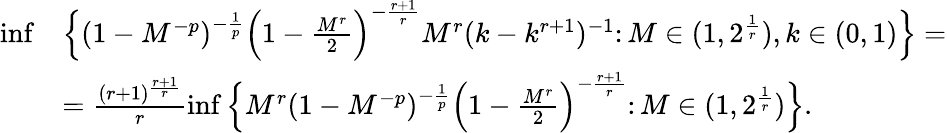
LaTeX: \begin{array}{rl}{\operatorname*{inf}}&{\Big\{ (1-M^{-p})^{-\frac{1}{p}}\Big(1-\frac{M^{r}}{2}\Big)^{-\frac{r+1}{r}}M^{r}(k-k^{r+1})^{-1}\colon M\in(1,2^{\frac{1}{r}}),k\in(0,1)\Big\} =}\\ &{=\frac{(r+1)^{\frac{r+1}{r}}}{r}\operatorname*{inf}\Big\{ M^{r}(1-M^{-p})^{-\frac{1}{p}}\Big(1-\frac{M^{r}}{2}\Big)^{-\frac{r+1}{r}}\colon M\in(1,2^{\frac{1}{r}})\Big\} .}\end{array}